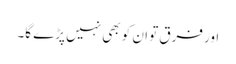
اور فرق تو ان کو بھی نہیں پڑے گا۔